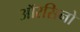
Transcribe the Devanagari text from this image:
ऑरसिनो